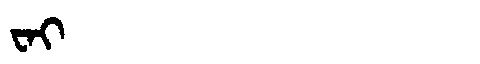
Manchu: ᠸᠠᡳ
Romanization: WAI